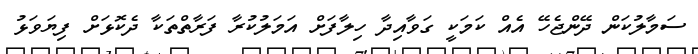
ސަމާލުކަން ދޭންޖެހޭ އެއް ކަމަކީ ގަވާއިދާ ހިލާފަށް އަމަލުކުރާ ފަރާތްތަކާ ދެކޮޅަށް ފިޔަވަޅު